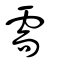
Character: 需